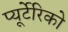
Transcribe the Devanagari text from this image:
प्यूर्टेरिको